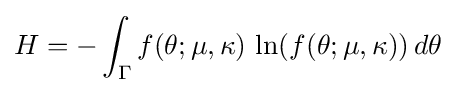
H=-\int _{\Gamma }f(\theta ;\mu ,\kappa )\,\ln(f(\theta ;\mu ,\kappa ))\,d\theta